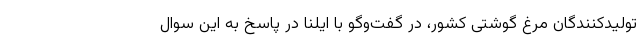
تولیدکنندگان مرغ گوشتی کشور، در گفت‌وگو با ایلنا در پاسخ به این سوال